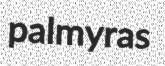
palmyras